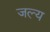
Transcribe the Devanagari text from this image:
जल्य